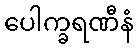
ပေါက္ခရဏီနံ